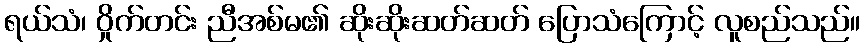
ရယ်သံ၊ ဝှိုက်တင်း ညီအစ်မ၏ ဆိုးဆိုးဆတ်ဆတ် ပြောသံကြောင့် လူစည်သည်။